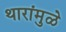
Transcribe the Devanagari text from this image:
थारांमुळे